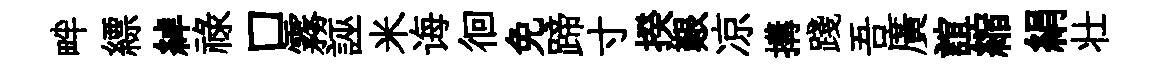
畔縹綽禄口霧誣米诲徊免蹄寸揆艱凉搆踐吾廣誼縮絹壮